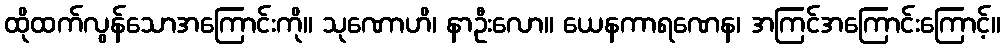
ထိုထက်လွန်သောအကြောင်းကို။ သုဏောဟိ၊ နာဦးလော။ ယေနကာရဏေန၊ အကြင်အကြောင်းကြောင့်။